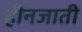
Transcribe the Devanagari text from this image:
हीनजाती